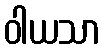
ဝါယသာ